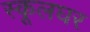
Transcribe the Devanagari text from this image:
स्कूलघर